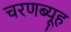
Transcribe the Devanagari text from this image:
चरणब्यूह